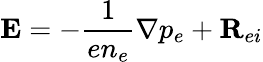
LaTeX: {\mathbf{E}}=-\frac{1}{en_{e}}\nabla p_{e}+{\mathbf{R}}_{ei}